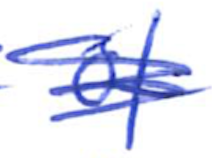
Text: of
Cross-out: scratch
Writing tool: ballpoint